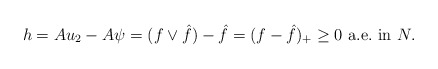
\begin{align*}h=Au_2-A\psi= (f \vee \hat f) - \hat f = (f-\hat{f})_+\ge 0\mbox{ a.e.~in }N.\end{align*}